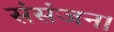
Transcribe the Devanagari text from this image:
संसंजन।